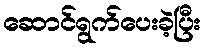
ဆောင်ရွက်ပေးခဲ့ပြီး